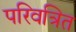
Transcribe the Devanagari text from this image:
परिवत्रित